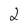
Character: 2